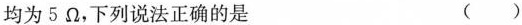
均为5Ω，下列说法正确的是 ( )